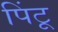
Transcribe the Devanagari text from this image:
पिंटू